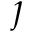
\jmath